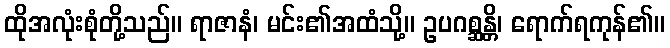
ထိုအလုံးစုံတို့သည်။ ရာဇာနံ၊ မင်း၏အထံသို့။ ဥပဂစ္ဆန္တိ၊ ရောက်ရကုန်၏။